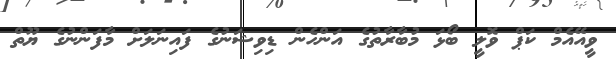
ވީއޭއެމް ކަޕް ވޮލީ ބޯޅަ މުބާރާތުގެ އަންހެން ޑިވިޝަނުގެ ފައިނަލަށް މާފަންނުގެ ޔޫތް